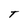
Character: t